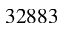
3 2 8 8 3